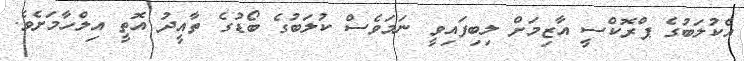
އެކުލަބުގެ ޕްރޮކްސީ އާޒިމަށް ލިބިފައިވީ ނަމަވެސް ކުލަބުގެ ބޯޑުގެ ތާއީދު އޮތީ އިލްހާމަށެވެ.